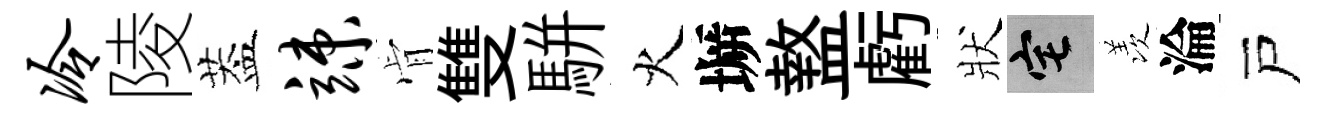
冷陵葢竦肻雙駢火󶱲盩虧狀宅羡淪戸